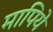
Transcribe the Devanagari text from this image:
मापिये